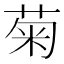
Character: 菊